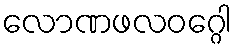
လောဏဖလဝဂ္ဂေါ